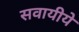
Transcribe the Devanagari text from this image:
सवायीये